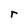
Character: r